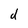
Character: d